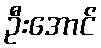
ဦးအောင်